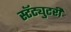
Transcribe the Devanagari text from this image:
स्टॅट्युटरी